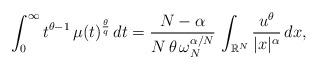
LaTeX: \begin{align*}\int_0^\infty t^{\theta-1}\,\mu(t)^\frac{\theta}{q}\,dt=\frac{N-\alpha}{N\,\theta\,\omega_N^{\alpha/N}}\,\int_{\mathbb{R}^N} \frac{u^\theta}{|x|^\alpha}\,dx,\end{align*}